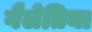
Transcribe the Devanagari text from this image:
गैलेतिया